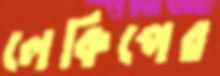
লেকিপের